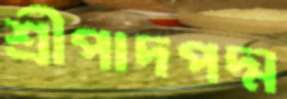
শ্রীপাদপদ্ম